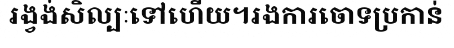
រង្វង់សិល្បៈទៅហើយ។រងការចោទប្រកាន់